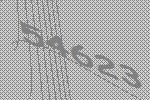
54623